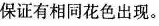
保证有相同花色出现。